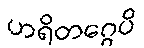
ဟရိတဂ္ဂေပိ